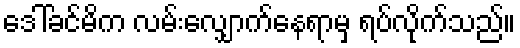
ဒေါ်ခင်မိက လမ်းလျှောက်နေရာမှ ရပ်လိုက်သည်။